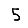
Digit: 5